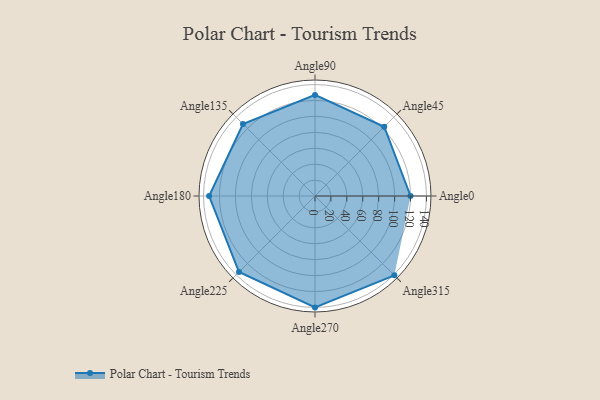
{"axis": {"x": "Angle", "y": "Radius"}, "legend": [""], "data": [{"x": "Angle0", "y": 120.0, "type": ""}, {"x": "Angle45", "y": 123.0, "type": ""}, {"x": "Angle90", "y": 127.0, "type": ""}, {"x": "Angle135", "y": 128.0, "type": ""}, {"x": "Angle180", "y": 133.0, "type": ""}, {"x": "Angle225", "y": 135.0, "type": ""}, {"x": "Angle270", "y": 140.0, "type": ""}, {"x": "Angle315", "y": 141.0, "type": ""}]}